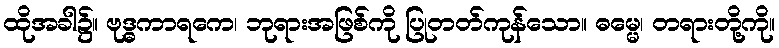
ထိုအခါ၌။ ဗုဒ္ဓကာရကေ၊ ဘုရားအဖြစ်ကို ပြုတတ်ကုန်သော။ ဓမ္မေ၊ တရားတို့ကို။